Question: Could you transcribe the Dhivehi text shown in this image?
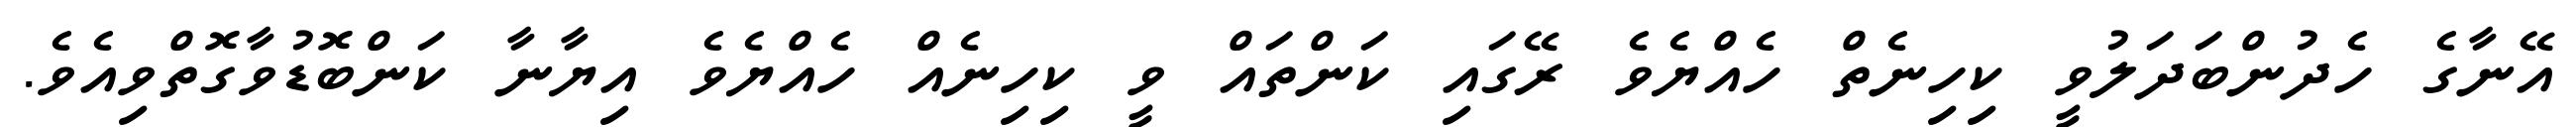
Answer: އޭނާގެ ހެދުންބަދަލުވީ ކިހިނެތް ހެއްޔެވެ ރޭގައި ކަންތައް ވީ ކިހިނެއް ހެއްޔެވެ އިޔާނާ ކަންބޮޑުވާގޮތްވިއެވެ.